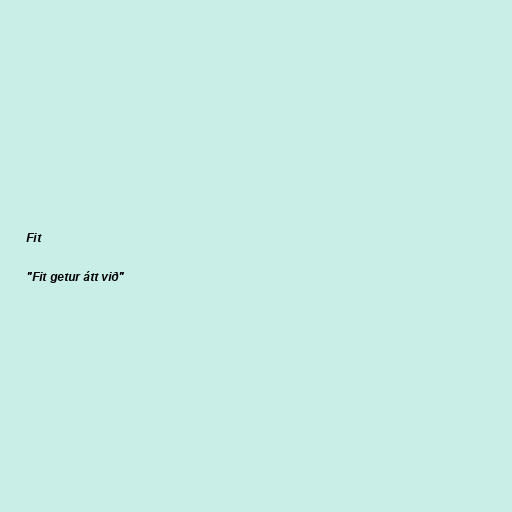
Fit

"Fit getur átt við"